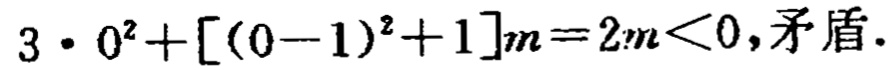
$3\cdot 0^{2}+[(0 - 1)^{2}+1]m = 2m<0,\text{矛盾}.$